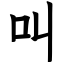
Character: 叫